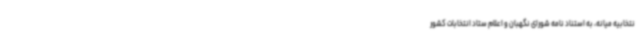
نتخابیه میانه، به استناد نامه شورای نگهبان و اعلام ستاد انتخابات کشور